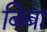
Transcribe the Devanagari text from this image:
बिबा